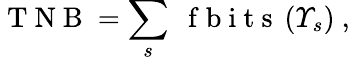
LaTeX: \mathrm{~T~N~B~}=\sum_{s}\; \mathrm{~f~b~i~t~s~}\left(\varUpsilon_{s}\right)\mathrm{~,~}